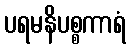
ပရမနိပစ္စကာရံ